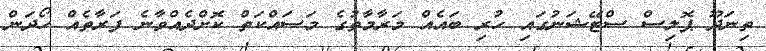
ތިނަދޫ ޕޮލިސް ސްޓޭޝަނުގައި ހުރި ބައެއް މަރާމާތުގެ މަސައްކަތް ކޮށްދެއްވާނެ ފަރާތެއް ހޯދަން